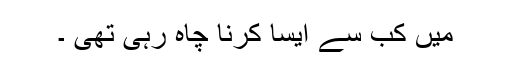
میں کب سے ایسا کرنا چاہ رہی تھی ۔